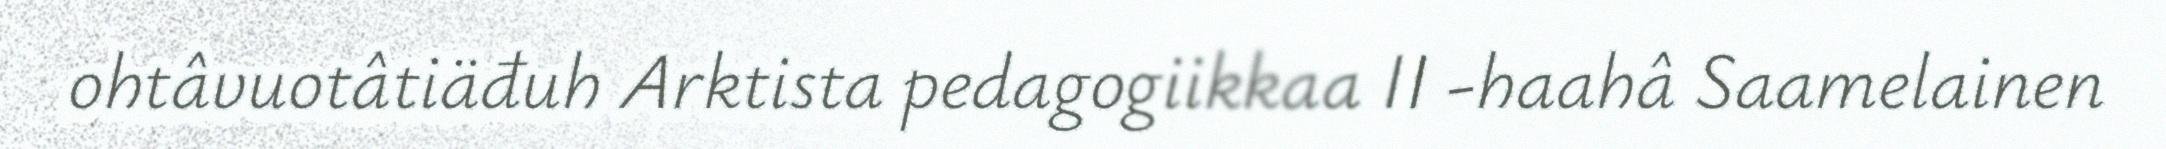
ohtâvuotâtiäđuh Arktista pedagogiikkaa II -haahâ Saamelainen